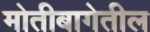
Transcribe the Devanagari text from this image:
मोतीबागेतील